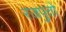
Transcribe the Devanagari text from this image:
रजपुतो